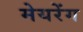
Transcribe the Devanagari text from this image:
मेयरेंग